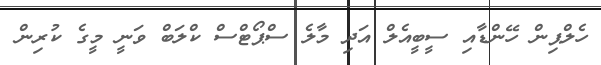
ހެލްޕިން ހޭންޑާއި ސީބީއެލް އަދި މާލެ ސްޕޯޓްސް ކްލަބް ވަނީ މީގެ ކުރިން